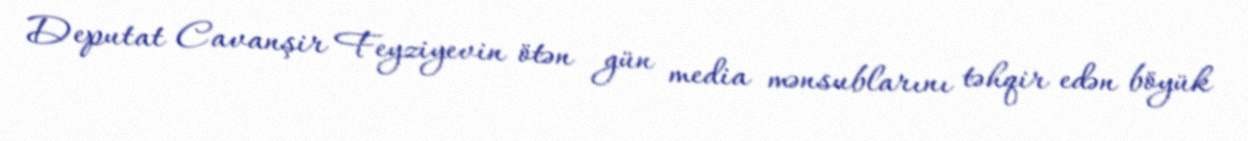
Deputat Cavanşir Feyziyevin ötən gün media mənsublarını təhqir edən böyük